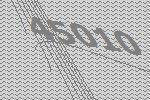
45010